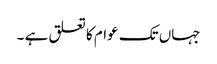
جہاں تک عوام کا تعلق ہے ۔